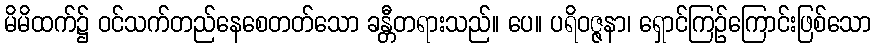
မိမိထက်၌ ဝင်သက်တည်နေစေတတ်သော ခန္တီတရားသည်။ ပေ။ ပရိဝဇ္ဇနာ၊ ရှောင်ကြဉ်ကြောင်းဖြစ်သော